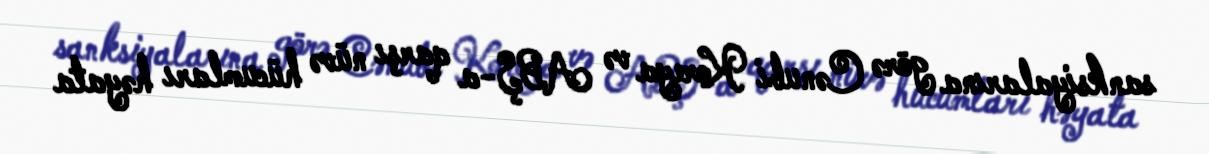
sanksiyalarına görə Cənubi Koreya və ABŞ-a qarşı nüvə hücumları həyata